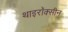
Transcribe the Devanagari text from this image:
थाइरॉक्सीन